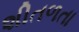
શીતળતા